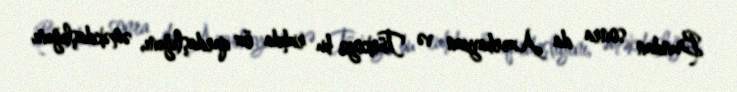
Bundan sonra da Azərbaycan və Türkiyə bu ruhda öz qardaşlığını, əməkdaşlığını